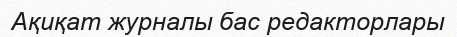
Ақиқат журналы бас редакторлары